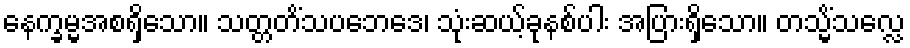
နေက္ခမ္မအစရှိသော။ သတ္တတိံသပဘေဒေ၊ သုံးဆယ့်ခုနစ်ပါး အပြားရှိသော။ တသ္မိံသလ္လေ